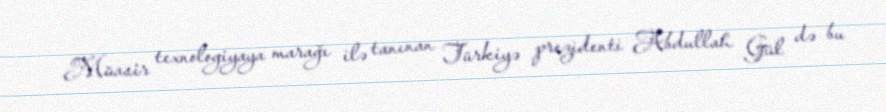
Müasir texnologiyaya marağı ilə tanınan Türkiyə prezidenti Abdullah Gül də bu